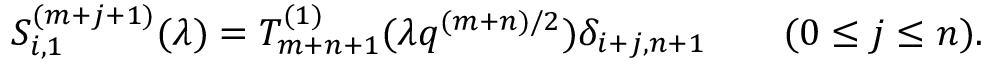
S _ { i , 1 } ^ { ( m + j + 1 ) } ( \lambda ) = T _ { m + n + 1 } ^ { ( 1 ) } ( \lambda q ^ { ( m + n ) / 2 } ) \delta _ { i + j , n + 1 } \qquad ( 0 \le j \le n ) .